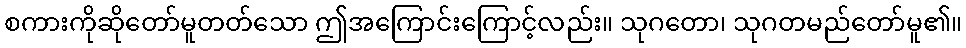
စကားကိုဆိုတော်မူတတ်သော ဤအကြောင်းကြောင့်လည်း။ သုဂတော၊ သုဂတမည်တော်မူ၏။